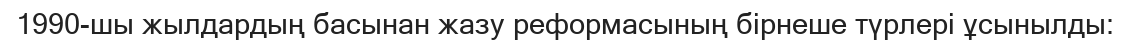
1990-шы жылдардың басынан жазу реформасының бірнеше түрлері ұсынылды: